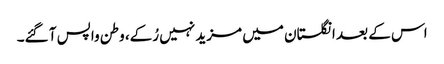
اس کے بعد انگلستان میں مزید نہیں رُکے، وطن واپس آ گئے۔